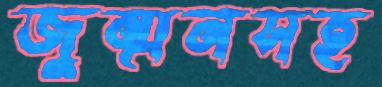
জুম্মনসহ